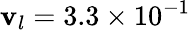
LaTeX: {\mathbf{v}_{l}}=\mathrm{{{}}}3.3\times{10^{-1}}